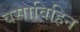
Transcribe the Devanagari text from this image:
वसाविहिन